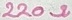
Text: 220Ω